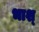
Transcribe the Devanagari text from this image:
भाश्